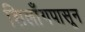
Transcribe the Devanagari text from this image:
शिलाँगपासून